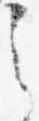
之